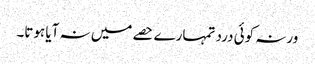
ورنہ کوئی درد تمہارے حصے میں نہ آیا ہوتا۔